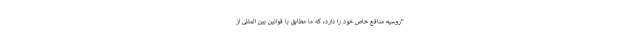
"روسیه منافع خاص خود را دارد، كه ما مطابق با قوانین بین المللی از